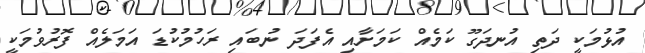
އުޅުމަކީ ދަތި އުނދަގޫ ކަމެއް ކަމަށާއި އެފަދަ ނުބައި ރަހުމުކުޑަ އަމަލެއް ފޮރުވުމަކީ